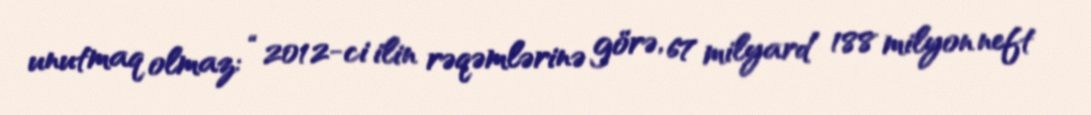
unutmaq olmaz: “2012-ci ilin rəqəmlərinə görə, 67 milyard 188 milyon neft